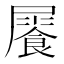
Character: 𩛻